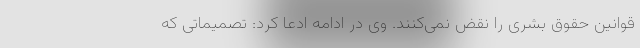
قوانین حقوق بشری را نقض نمی‌کنند. وی در ادامه ادعا کرد: تصمیماتی که